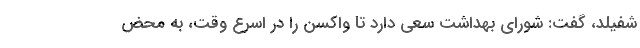
شفیلد، گفت: شورای بهداشت سعی دارد تا واکسن را در اسرع وقت، به ‌محض